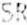
SR